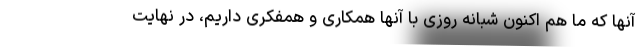
آنها که ما هم اکنون شبانه روزی با آنها همکاری و همفکری داریم، در نهایت